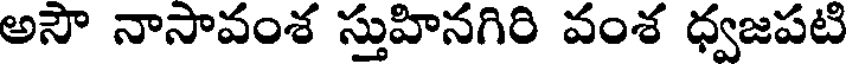
అసౌ నాసావంశ స్తుహినగిరి వంశ ధ్వజపటి